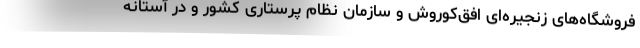
فروشگاه‌های زنجیره‌ای افق‌کوروش و سازمان نظام پرستاری کشور و در آستانه